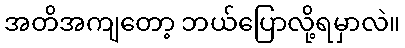
အတိအကျတော့ ဘယ်ပြောလို့ရမှာလဲ။